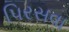
પિરસવા